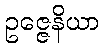
ဥဇ္ဇေနိယာ